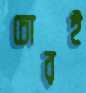
চোরই